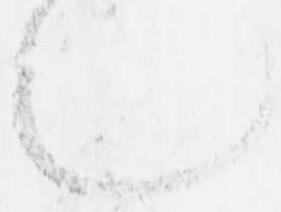
也